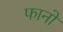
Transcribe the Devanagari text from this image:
फानो